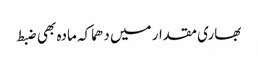
بھاری مقدار میں دھماکہ مادہ بھی ضبط